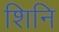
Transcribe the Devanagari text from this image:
शिनि